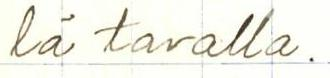
lä tavalla.